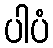
ပါပံ